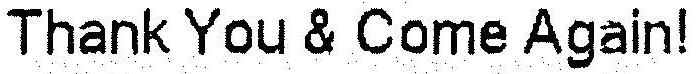
THANK YOU & COME AGAIN!